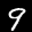
Label: 9